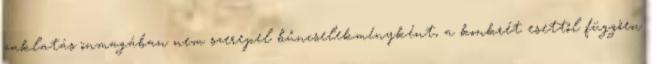
zaklatás önmagában nem szerepel bűncselekményként, a konkrét esettől függően